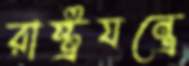
রাষ্ট্রযন্ত্রে